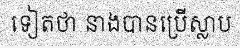
ទៀតថា នាងបានប្រើស្លាប